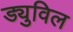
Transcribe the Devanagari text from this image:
ड्युविल